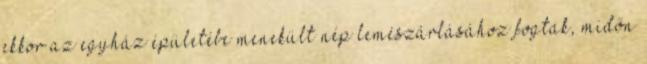
ekkor az egyház épületébe menekült nép lemészárlásához fogtak, midőn